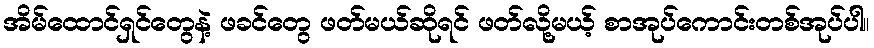
အိမ်ထောင်ရှင်တွေနဲ့ ဖခင်တွေ ဖတ်မယ်ဆိုရင် ဖတ်လို့မယ့် စာအုပ်ကောင်းတစ်အုပ်ပါ။